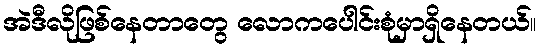
အဲဒီလိုဖြစ်နေတာတွေ လောကပေါင်းစုံမှာရှိနေတယ်။